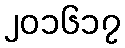
၂၀၁၆၁၇